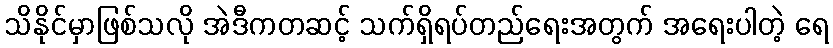
သိနိုင်မှာဖြစ်သလို အဲဒီကတဆင့် သက်ရှိရပ်တည်ရေးအတွက် အရေးပါတဲ့ ရေ